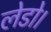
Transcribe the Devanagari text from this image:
लेडो।